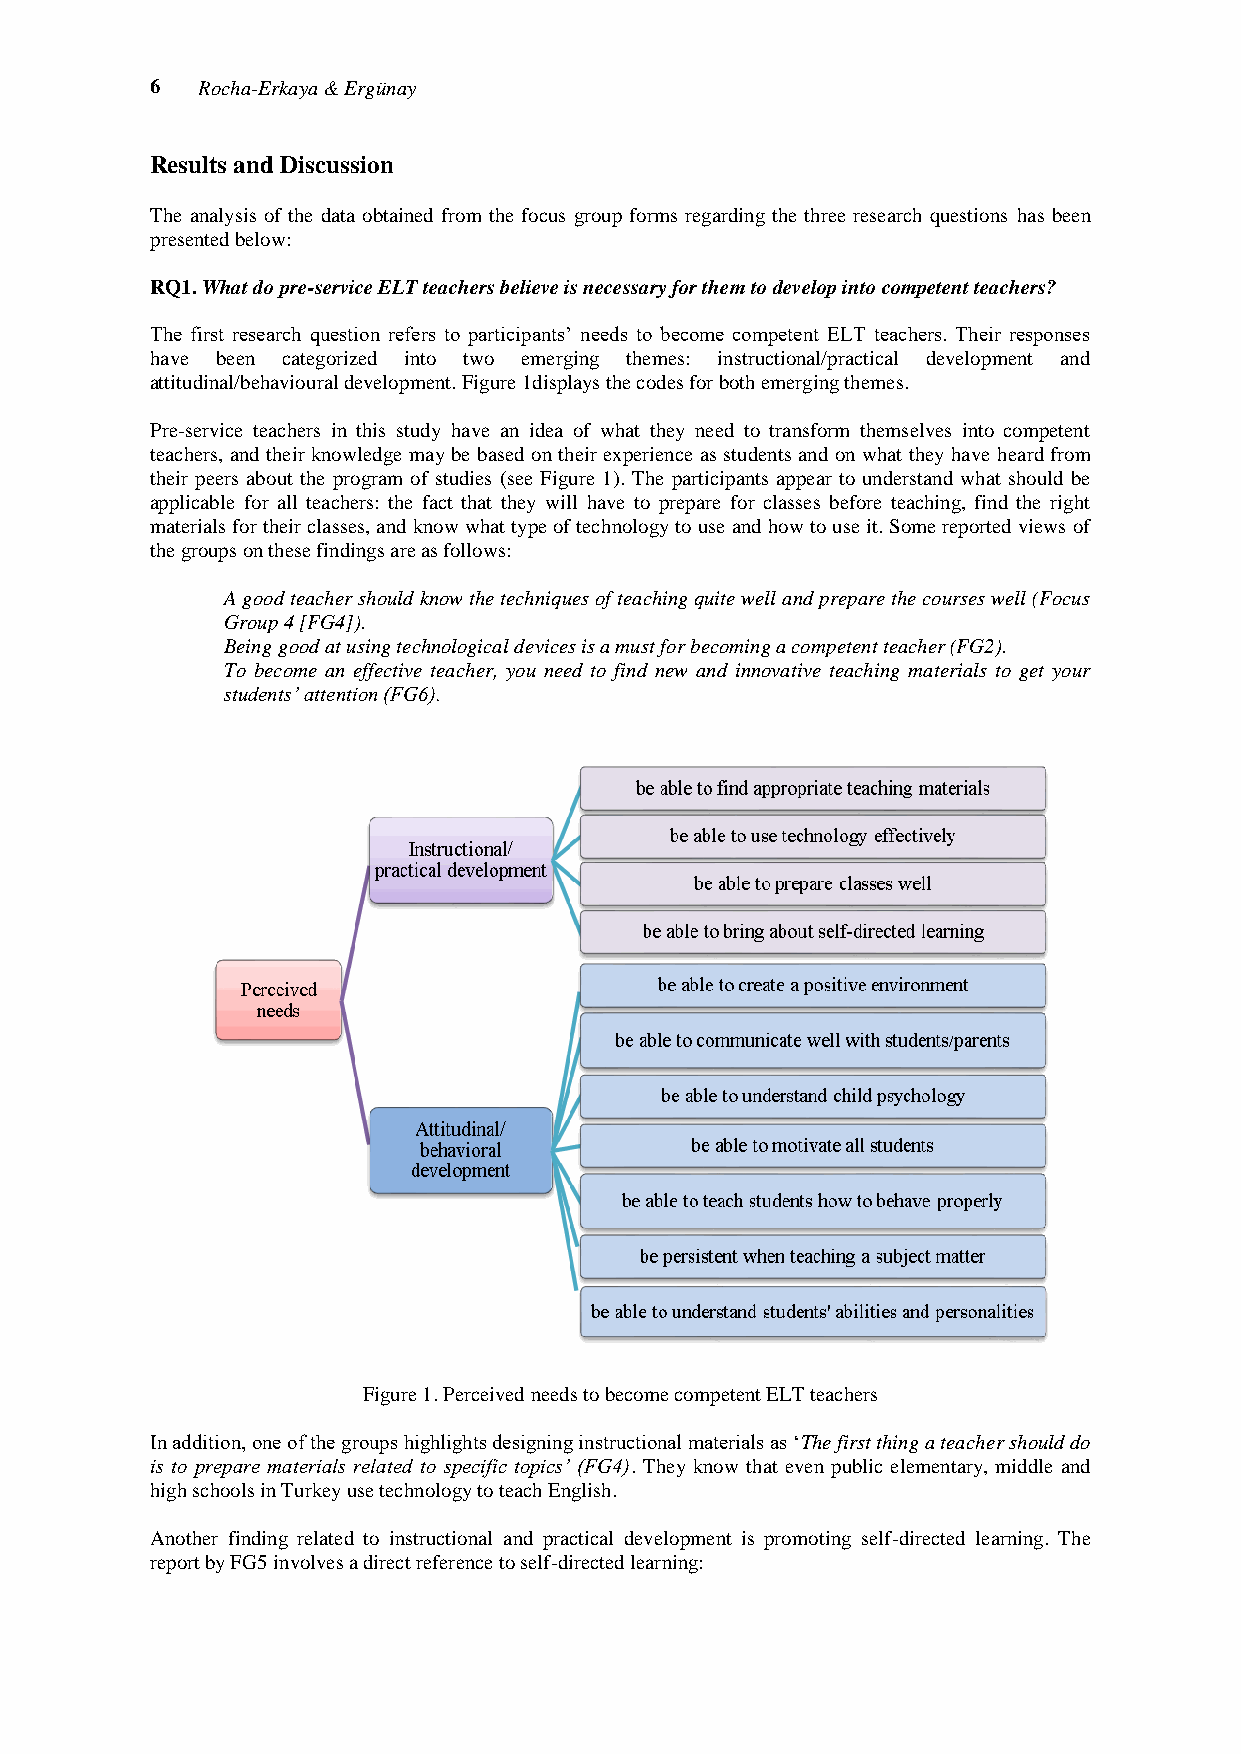
6  Rocha-Erkaya & Ergünay
 Results and Discussion
 The analysis of the data obtained from the focus group forms regarding the three research questions has been
 presented below:
 RQ1. What do pre-service ELT teachers believe is necessary for them to develop into competent teachers?
 The first research question refers to participants‟ needs to become competent ELT teachers. Their responses
 have been categorized into two emerging themes: instructional/practical development and
 attitudinal/behavioural development. Figure 1displays the codes for both emerging themes.
 Pre-service teachers in this study have an idea of what they need to transform themselves into competent
 teachers, and their knowledge may be based on their experience as students and on what they have heard from
 their peers about the program of studies (see Figure 1). The participants appear to understand what should be
 applicable for all teachers: the fact that they will have to prepare for classes before teaching, find the right
 materials for their classes, and know what type of technology to use and how to use it. Some reported views of
 the groups on these findings are as follows:
 A good teacher should know the techniques of teaching quite well and prepare the courses well (Focus
 Group 4 [FG4]).
 Being good at using technological devices is a must for becoming a competent teacher (FG2).
 To become an effective teacher, you need to find new and innovative teaching materials to get your
 students’ attention (FG6).
 Figure 1. Perceived needs to become competent ELT teachers
 In addition, one of the groups highlights designing instructional materials as „The first thing a teacher should do
 is to prepare materials related to specific topics’ (FG4). They know that even public elementary, middle and
 high schools in Turkey use technology to teach English.
 Another finding related to instructional and practical development is promoting self-directed learning. The
 report by FG5 involves a direct reference to self-directed learning: